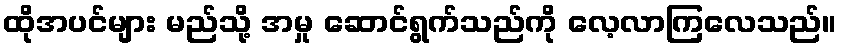
ထိုအပင်များ မည်သို့ အမှု ဆောင်ရွက်သည်ကို လေ့လာကြလေသည်။